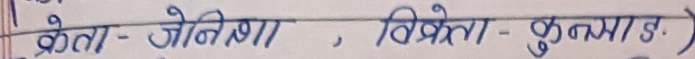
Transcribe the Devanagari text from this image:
क्रेता- ज्योतिशा , विक्रेता - कुष्मा ड)